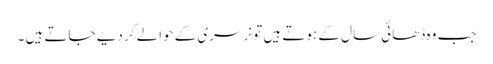
جب وہ ڈھائی سال کے ہوتے ہیں تو نرسری کے حوالے کر دیے جاتے ہیں ۔